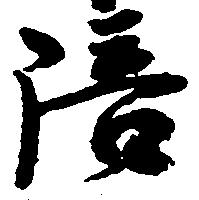
陪